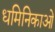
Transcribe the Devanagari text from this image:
धमिनिकाओं